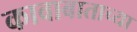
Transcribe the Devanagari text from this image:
कावाबाताच्या